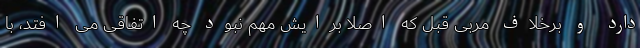
دارد و برخلاف مربی قبل که اصلا برایش مهم نبود چه اتفاقی می افتد، با